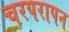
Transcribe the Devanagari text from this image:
चरपरापन